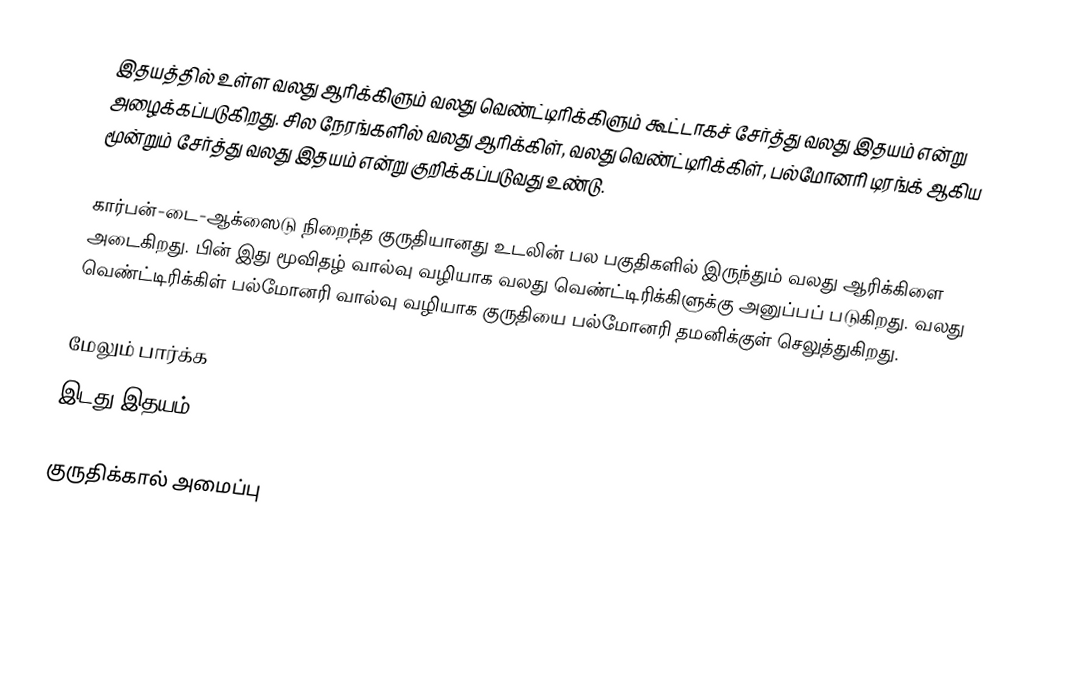
இதயத்தில் உள்ள வலது ஆரிக்கிளும் வலது வெண்ட்டிரிக்கிளும் கூட்டாகச் சேர்த்து வலது இதயம் என்று அழைக்கப்படுகிறது. சில நேரங்களில் வலது ஆரிக்கிள், வலது வெண்ட்டிரிக்கிள், பல்மோனரி டிரங்க் ஆகிய மூன்றும் சேர்த்து வலது இதயம் என்று குறிக்கப்படுவது உண்டு.

கார்பன்-டை-ஆக்ஸைடு நிறைந்த குருதியானது உடலின் பல பகுதிகளில் இருந்தும் வலது ஆரிக்கிளை அடைகிறது. பின் இது மூவிதழ் வால்வு வழியாக வலது வெண்ட்டிரிக்கிளுக்கு அனுப்பப் படுகிறது. வலது வெண்ட்டிரிக்கிள் பல்மோனரி வால்வு வழியாக குருதியை பல்மோனரி தமனிக்குள் செலுத்துகிறது.

மேலும் பார்க்க
 இடது இதயம்

குருதிக்கால் அமைப்பு